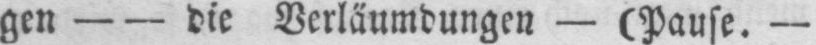
gen - - die Verläumdungen - (Pause. -